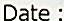
DATE :